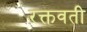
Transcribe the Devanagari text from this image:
रक्तवती